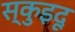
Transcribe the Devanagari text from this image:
स्कुइदू